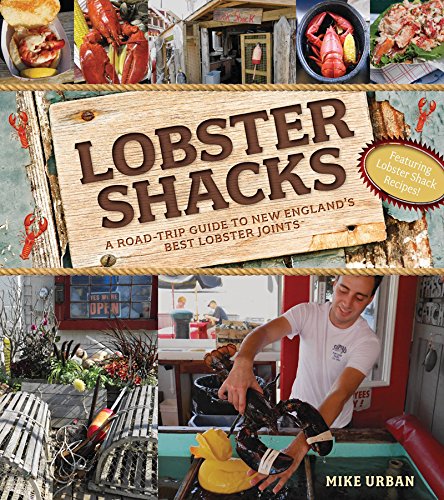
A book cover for Lobster Shacks: A Road-Trip Guide to New England's Best Lobster Joints; Mike Urban; Cookbooks, Food & Wine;